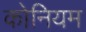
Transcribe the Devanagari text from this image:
कोनियम